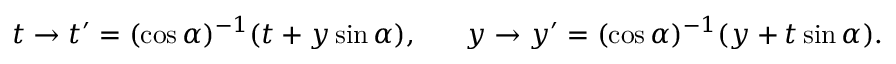
t \to t ^ { \prime } = ( \cos \alpha ) ^ { - 1 } ( t + y \sin \alpha ) , \ \ \ \ \ y \to y ^ { \prime } = ( \cos \alpha ) ^ { - 1 } ( y + t \sin \alpha ) .